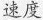
速度